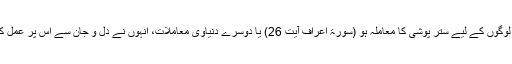
اُن لوگوں کے لیے ستر پوشی کا معاملہ ہو (سورۃ اعراف آیت 26) یا دوسرے دنیاوی معاملات، انہوں نے دل و جان سے اس پر عمل کیا۔